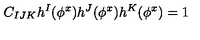
C _ { I J K } h ^ { I } ( \phi ^ { x } ) h ^ { J } ( \phi ^ { x } ) h ^ { K } ( \phi ^ { x } ) = 1